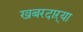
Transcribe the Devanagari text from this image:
खबरदाऱ्या